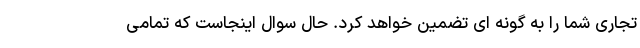
تجاری شما را به گونه ای تضمین خواهد کرد. حال سوال اینجاست که تمامی